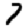
Digit: 7